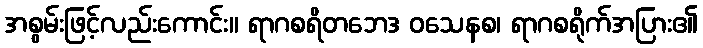
အစွမ်းဖြင့်လည်းကောင်း။ ရာဂစရိတဘေဒ ဝသေနစ၊ ရာဂစရိုက်အပြား၏